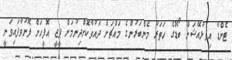
ޓެންޑާ އިވެލުއޭޝަން ބޯޑުގެ ހަތަރު މެންބަރުންގެ މައްޗަށް ދައުވާކޮށްދިނުމަށް ޕީޖީ އޮފީހަށް ފޮނުވާފައިވަނީ